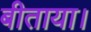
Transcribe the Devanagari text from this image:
बीताया।